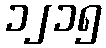
၁၂၁၅